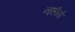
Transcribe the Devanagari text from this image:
ना्हीसे